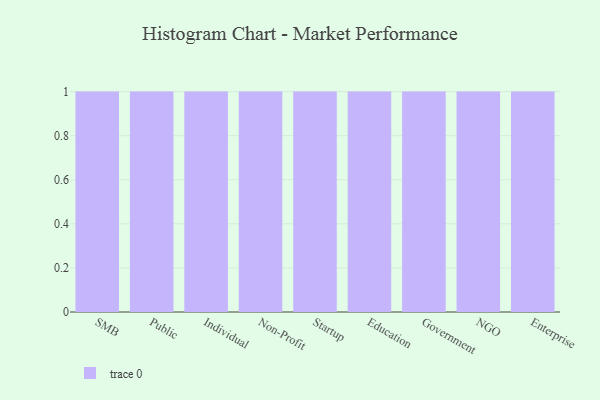
{"axis": {"x": "Segment", "y": "Satisfaction Score"}, "legend": [""], "data": [{"x": "SMB", "y": 44, "type": ""}, {"x": "Public", "y": 55, "type": ""}, {"x": "Individual", "y": 71, "type": ""}, {"x": "Non-Profit", "y": 65, "type": ""}, {"x": "Startup", "y": 60, "type": ""}, {"x": "Education", "y": 31, "type": ""}, {"x": "Government", "y": 95, "type": ""}, {"x": "NGO", "y": 11, "type": ""}, {"x": "Enterprise", "y": 90, "type": ""}]}